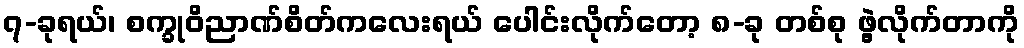
၇-ခုရယ်၊ စက္ခုဝိညာဏ်စိတ်ကလေးရယ် ပေါင်းလိုက်တော့ ၈-ခု တစ်စု ဖွဲ့လိုက်တာကို